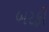
બરફી